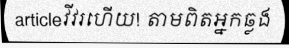
articleវីវរហើយ! តាមពិតអ្នកឆ្លង